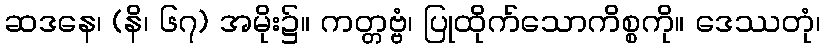
ဆဒနေ၊ (နိ၊ ၆၇) အမိုး၌။ ကတ္တဗ္ဗံ၊ ပြုထိုက်သောကိစ္စကို။ ဒေဿတုံ၊